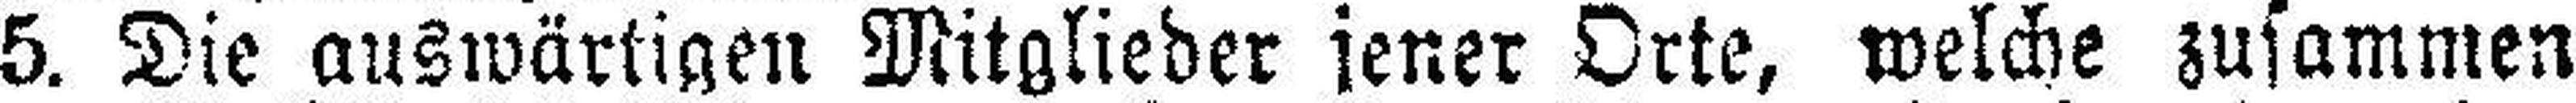
5. Die auswärtigen Mitglieder jener Orte, welche zusammen